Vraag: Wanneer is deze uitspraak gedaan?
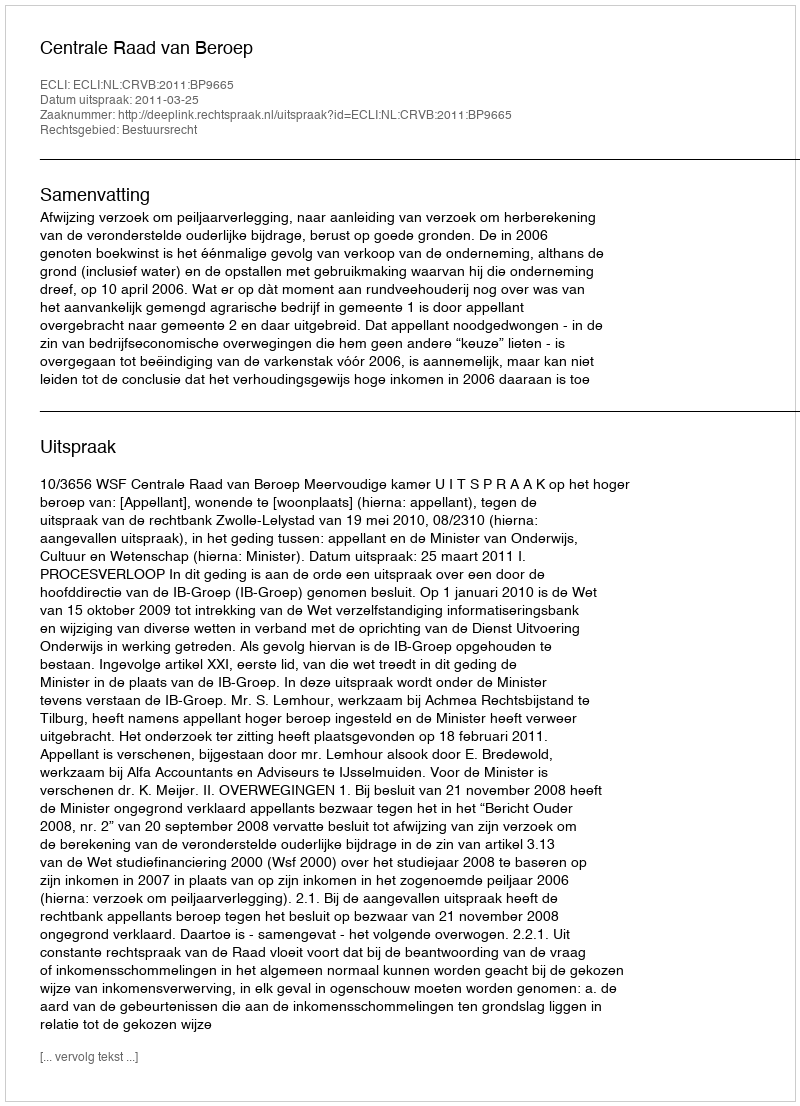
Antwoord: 2011-03-25